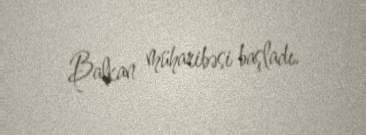
Balkan müharibəsi başladı.